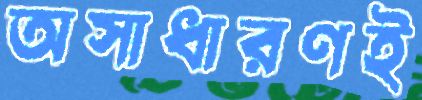
অসাধারণই